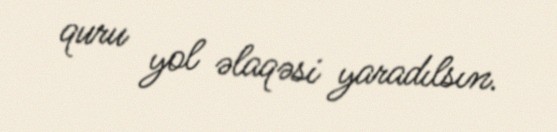
quru yol əlaqəsi yaradılsın.